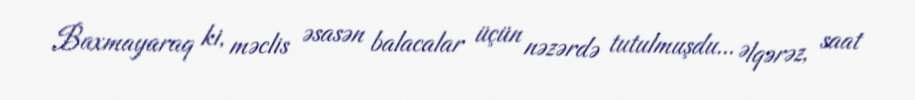
Baxmayaraq ki, məclis əsasən balacalar üçün nəzərdə tutulmuşdu... Əlqərəz, saat